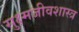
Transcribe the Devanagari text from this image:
सुक्ष्मजीवशास्त्र